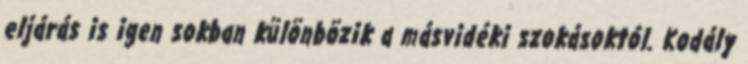
eljárás is igen sokban különbözik a másvidéki szokásoktól. Kodály